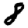
Digit: 8